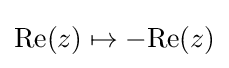
{\text{Re}}(z)\mapsto -{\text{Re}}(z)